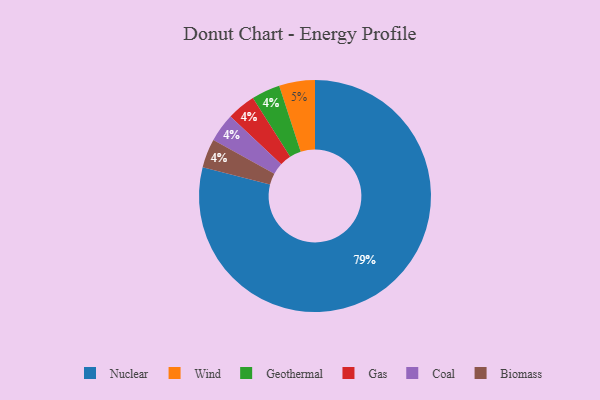
{"axis": {"x": "Category", "y": "Percentage"}, "legend": ["Biomass", "Coal", "Gas", "Geothermal", "Nuclear", "Wind"], "data": [{"x": "Nuclear", "y": 79, "type": "Nuclear"}, {"x": "Geothermal", "y": 4, "type": "Geothermal"}, {"x": "Wind", "y": 5, "type": "Wind"}, {"x": "Gas", "y": 4, "type": "Gas"}, {"x": "Coal", "y": 4, "type": "Coal"}, {"x": "Biomass", "y": 4, "type": "Biomass"}]}